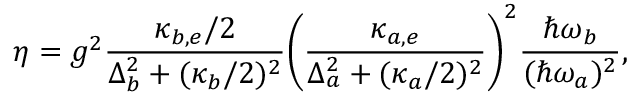
\eta = g ^ { 2 } \frac { \kappa _ { b , e } / 2 } { \Delta _ { b } ^ { 2 } + ( \kappa _ { b } / 2 ) ^ { 2 } } \bigg ( \frac { \kappa _ { a , e } } { \Delta _ { a } ^ { 2 } + ( \kappa _ { a } / 2 ) ^ { 2 } } { } \bigg ) ^ { 2 } \frac { \hbar \omega _ { b } } { ( \hbar \omega _ { a } ) ^ { 2 } } ,